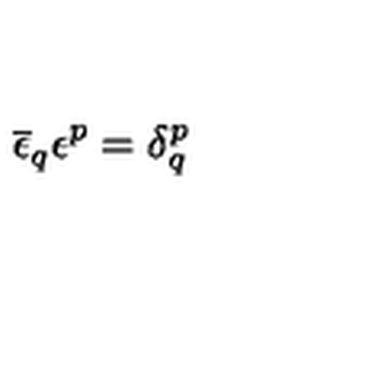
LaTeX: \overline { { \epsilon } } _ { q } \epsilon ^ { p } = \delta _ { q } ^ { p }